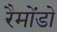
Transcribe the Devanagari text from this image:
रैमोंडो